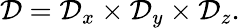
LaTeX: \mathcal{D}=\mathcal{D}_{x}\times\mathcal{D}_{y}\times\mathcal{D}_{z}.